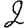
Digit: 2